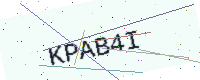
Text: KPAB4I